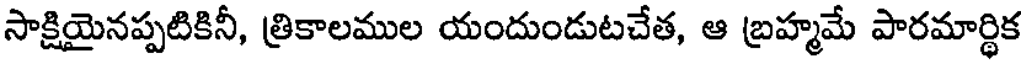
సాక్షియైనప్పటికినీ, త్రికాలముల యందుండుటచేత, ఆ బ్రహ్మమే పారమార్థిక